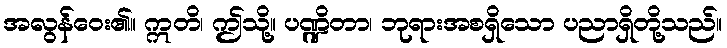
အလွန်ဝေး၏။ ဣတိ၊ ဤသို့။ ပဏ္ဍိတာ၊ ဘုရားအစရှိသော ပညာရှိတို့သည်။